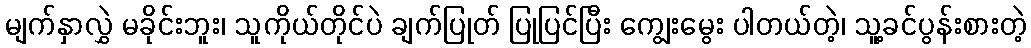
မျက်နှာလွှဲ မခိုင်းဘူး၊ သူကိုယ်တိုင်ပဲ ချက်ပြုတ် ပြုပြင်ပြီး ကျွေးမွေး ပါတယ်တဲ့၊ သူ့ခင်ပွန်းစားတဲ့